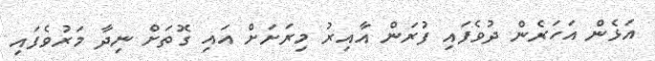
އަޅެން އަހަރެން ދުވެފައި ފުރަން އާއިރު މިރަށަށް އައި ގޮތަށް ނިދާ މަރުވެފައި